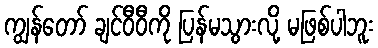
ကျွန်တော် ချင်ဝီဝီကို ပြန်မသွားလို့ မဖြစ်ပါဘူး